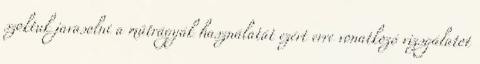
szoktuk javasolni a műtrágyák használatát ezért erre vonatkozó vizsgálatot